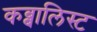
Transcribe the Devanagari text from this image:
कब्बालिस्ट